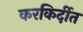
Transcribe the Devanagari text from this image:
करकिर्दीत